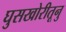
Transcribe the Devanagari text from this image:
घुसखोरीतूनु